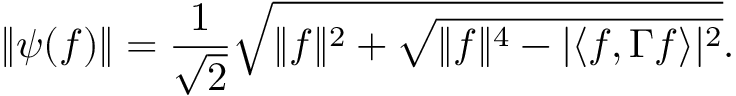
\| \psi ( f ) \| = \frac { 1 } { \sqrt { 2 } } \sqrt { \| f \| ^ { 2 } + \sqrt { \| f \| ^ { 4 } - | \langle f , \Gamma f \rangle | ^ { 2 } } } .